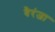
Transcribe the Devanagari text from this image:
वैरंजा